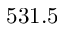
5 3 1 . 5